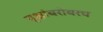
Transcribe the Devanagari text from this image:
वृक्षांबरोबरच